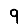
Digit: 9